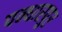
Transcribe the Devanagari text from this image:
पन्धारपुर